Alatskivi_vallavalitsus_et, lk 99
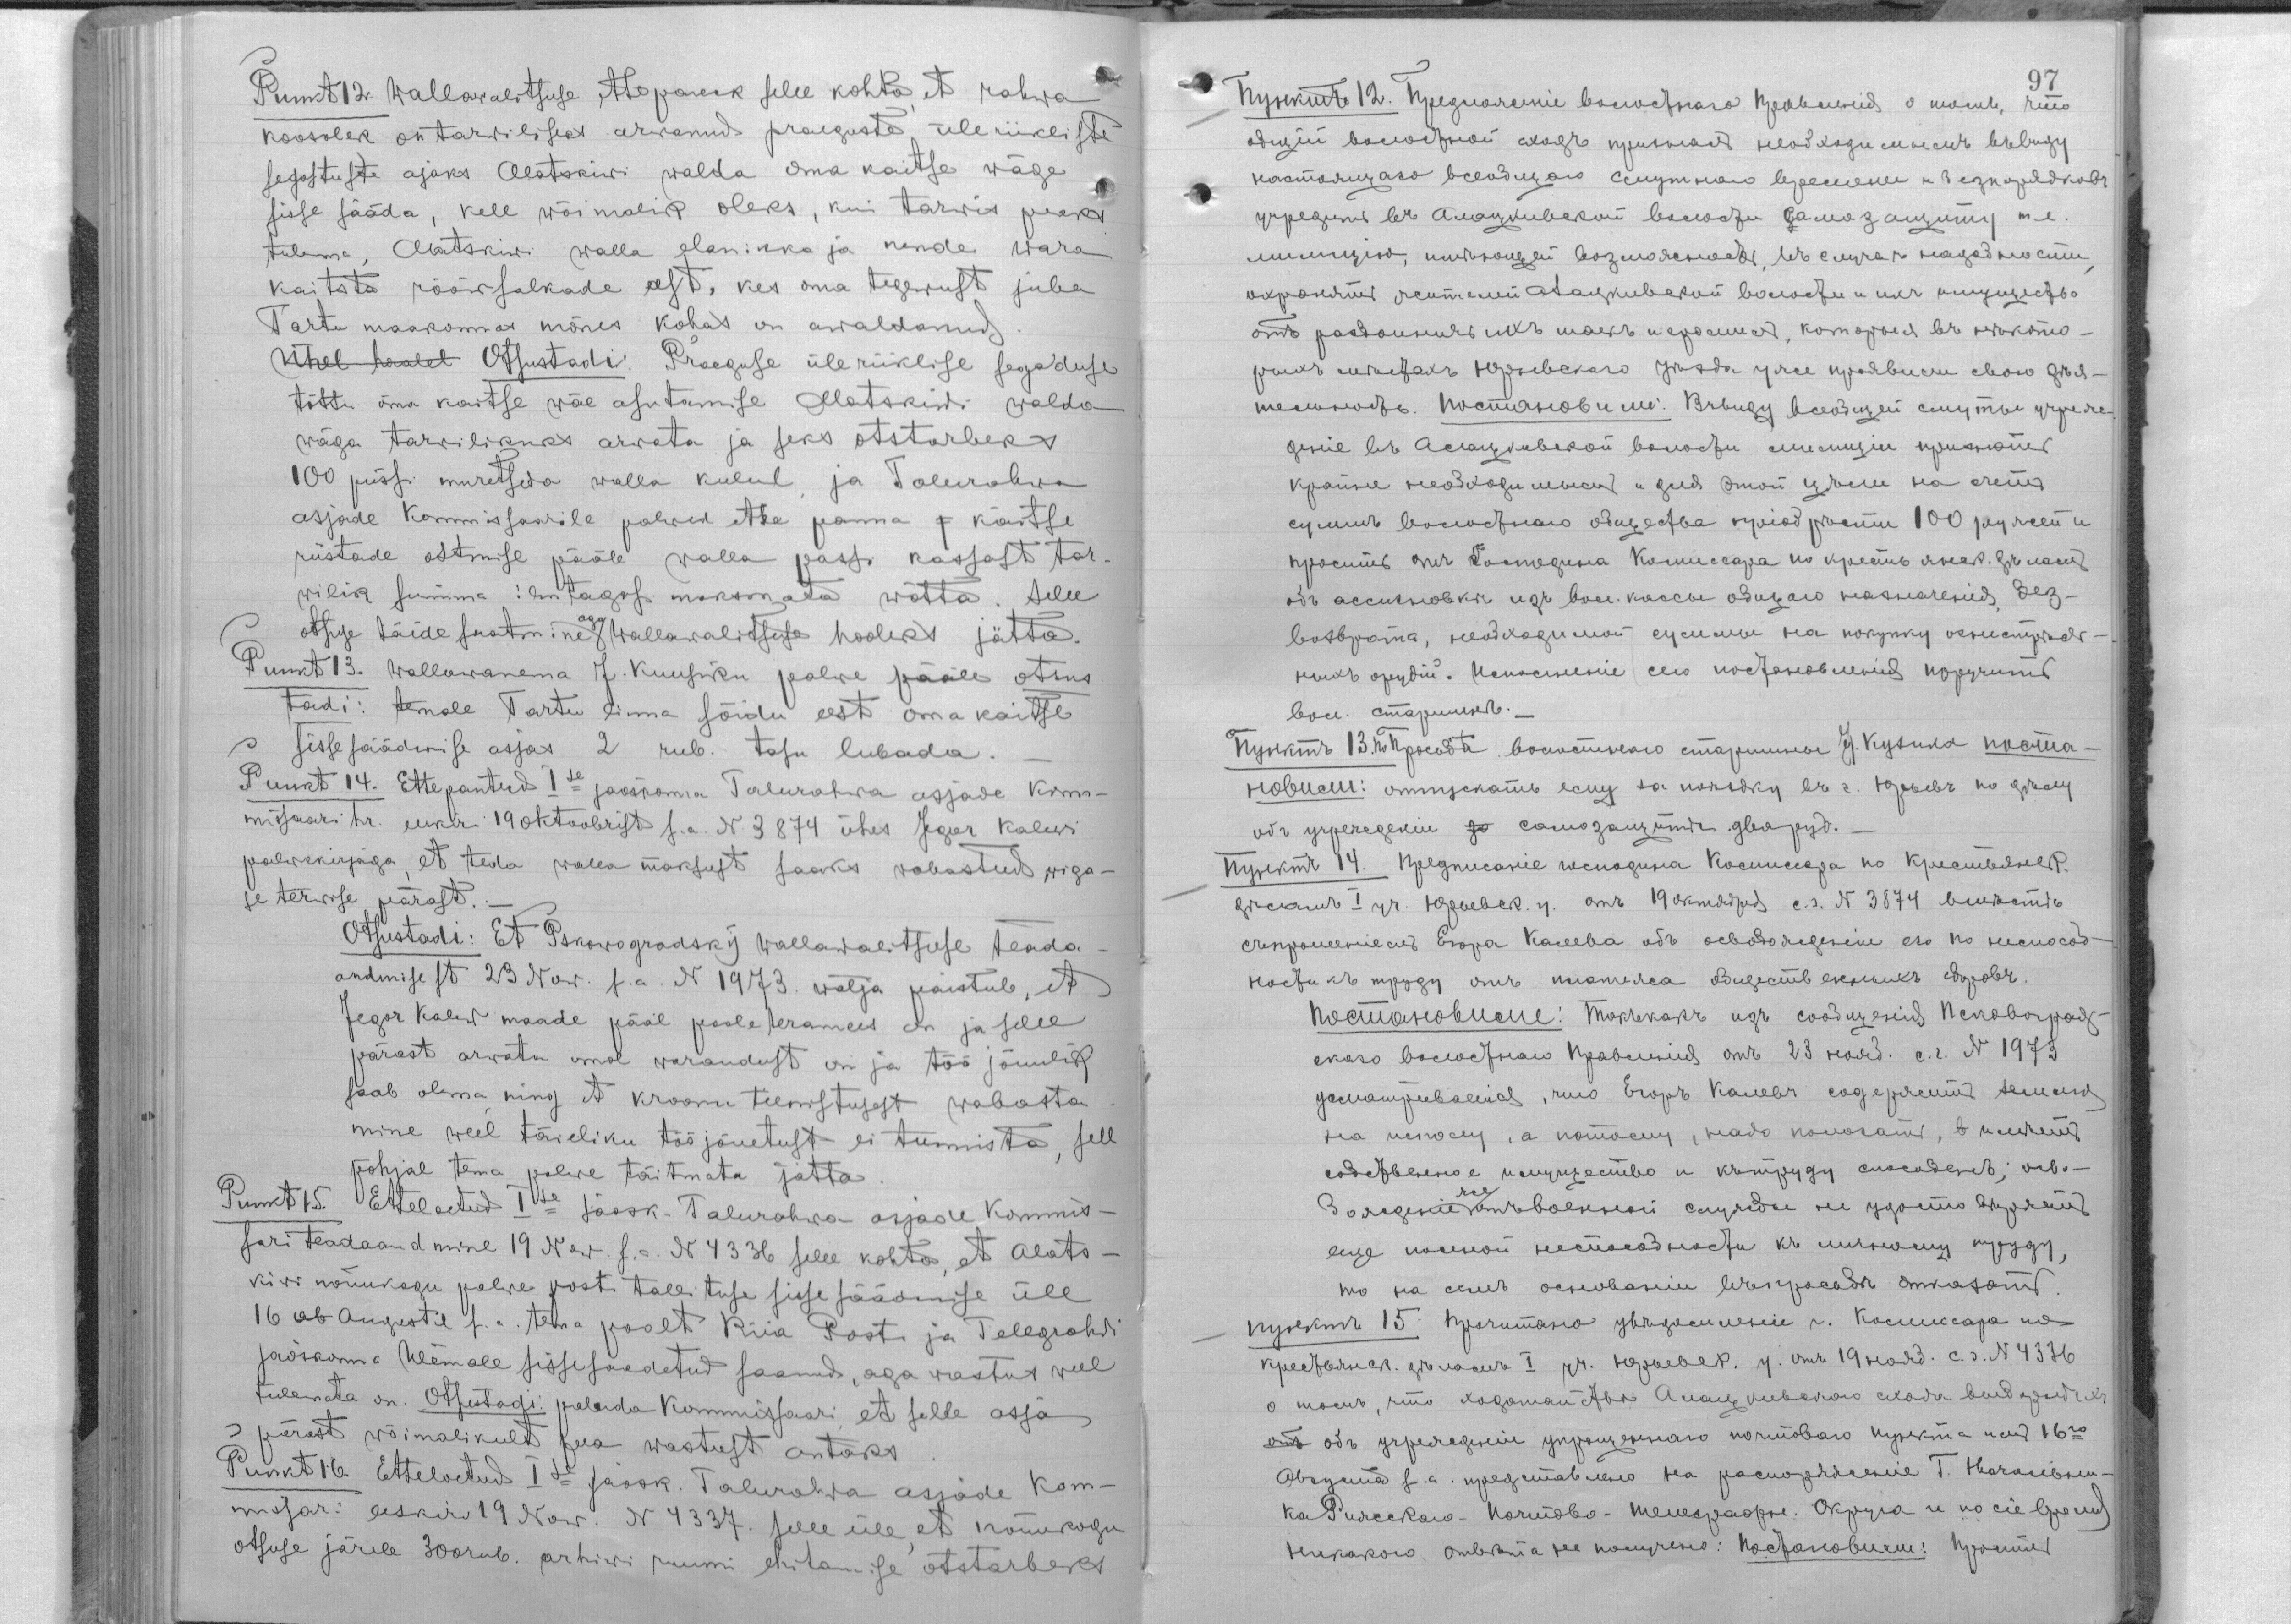
Punkt 12. Wallawalitsuse ettepanek selle kohta, et eahwa
koosolek on tarwiliseks arwanud praeguste üleriikliste
segaduste ajaks Alatskiwi walda oma kaitse wäge
sisse sääda, kell wõimalus oleks, kui tarwis peaks
tulema, Alatskiwi walla elanikke ja nende wara
kaitsta rööwsalkade eest, kes oma tegewust juba
Tartu maakonas mõnes kohas on awaldanud.
Ühel haalel Otsustadi: Praeguse üleriiklise segaduse
tõttu oma kaitse wäe asutamise Alatskiwi walda
wäga tarwilikuks arwata ja seks otstarbeks
100 püssi muretseda walla kulul, ja Talurahwa
asjade Kommissaarile palwed ette panna j kaitse
riistade ostmise pääle walla passi kasssast tar-
wilik summa ilm tagasi maksmata wõtta. Selle
otsuse täide saatmine aga wallawalitsuse hooleks jätta.
Punkt 13. Wallawanema J. Kuusiku palwe pääle otsus
tadi: temale Tartu linna sõidu eest omakaitse
sissesäädmise asjas 2 rub. tasu lubada.
Punkt 14. Ettepantud 1se jaoskonna Talurahwa asjade Kom-
missaari hr. eeskiri 19 oktoobrist s.a. N 3874 ühes Jegor Kalewi
palwekirjaga, et teda walla maksust saaks wabastatud, wiga-
se terwise pärast.
Otsustadi: Et Pskowogradsky wallawalitsuse teada-
andmisest 23 Now. s.a. N 1973. wälja paistub, et
Jegor Kalew maade pääl pooleteramees on ja selle
pärast arwata oma warandust on ja töö jõuulik
saab olema, ning et kroonu teenistusest wabasta-
mine weel täieliku töö jõuetust ei tunnista, sell
põhjal tema palwe täitmata jätta.
Punkt 15. Etteloetud Ise jaosk. Talurahwa asjade Kommis-
sari teadaamdine 19 Now. s.a. N 4336 selle kohta, et Alats-
kiwi nõuukogu palwe posti tallituse sisse säädmise üle
16 ab Auguste s.a. tema poolt Riia Posti ja Telegrahwi
jaoskonna Ülemale sissesaadetud saanud, aga wastus weel
tulemata on. Otsustadi: paluda Kommissaari, et selle asja
J pärast wõimalikult pea wastust antaks.
Punkt 16. Etteloetud Ise jaosk. Talurahwa asjade Kom-
missari eeskiri 19 Now. N 4337 selle üle, et nõuukogu
otsuse järele 300 rub. arhiwi ruumi ehitamise otstarbeks